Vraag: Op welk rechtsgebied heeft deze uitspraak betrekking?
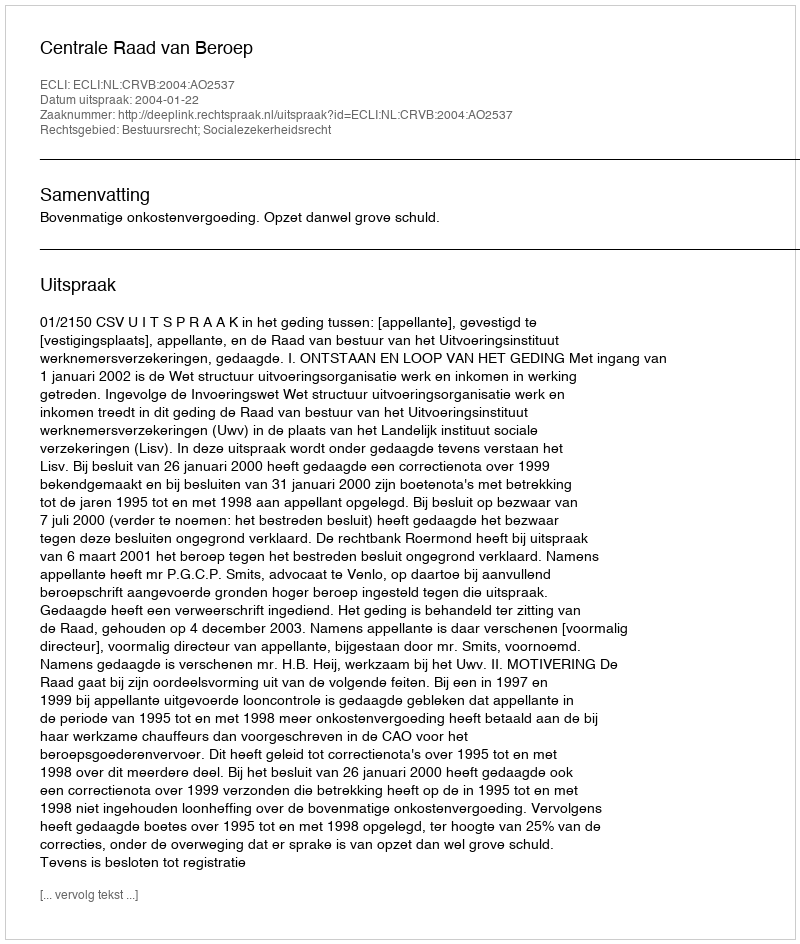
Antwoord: Bestuursrecht; Socialezekerheidsrecht